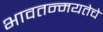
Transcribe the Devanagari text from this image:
भावतन्मयतेचे